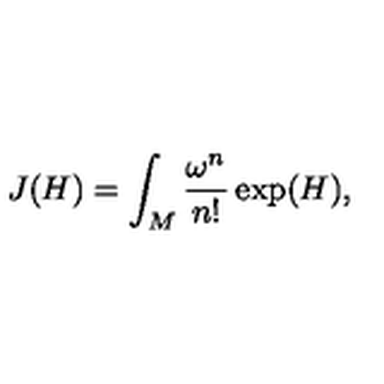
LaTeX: J ( H ) = \int _ { M } \frac { \omega ^ { n } } { n ! } \exp ( H ) ,